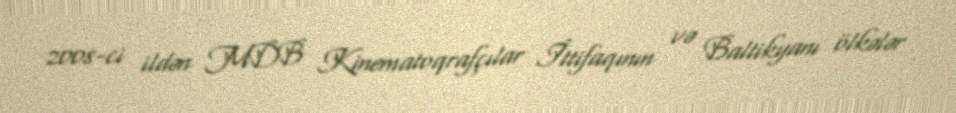
2008-ci ildən MDB Kinematoqrafçılar İttifaqının və Baltikyanı ölkələr